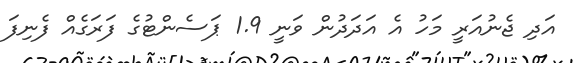
އަދި ޖެނުއަރީ މަހު އެ އަދަދުން ވަނީ 1.9 ޕަސެންޓުގެ ފަރަގެއް ފެނިފަ